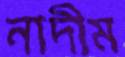
নাদীম